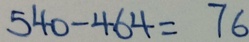
5 4 0 - 4 6 4 = 7 6